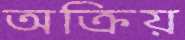
অক্রিয়